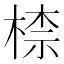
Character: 㮏